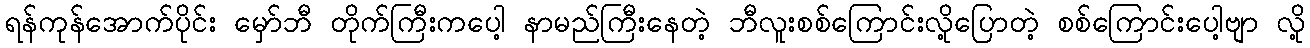
ရန်ကုန်အောက်ပိုင်း မှော်ဘီ တိုက်ကြီးကပေါ့ နာမည်ကြီးနေတဲ့ ဘီလူးစစ်ကြောင်းလို့ပြောတဲ့ စစ်ကြောင်းပေါ့ဗျာ လို့